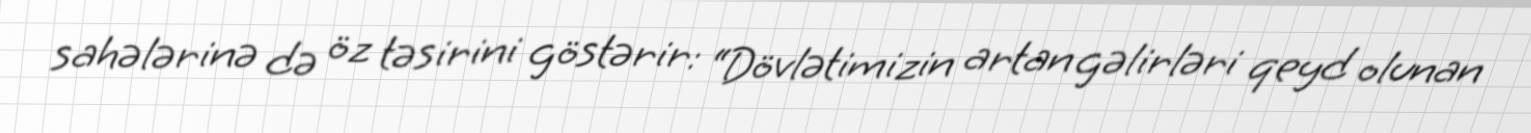
sahələrinə də öz təsirini göstərir: “Dövlətimizin artan gəlirləri qeyd olunan